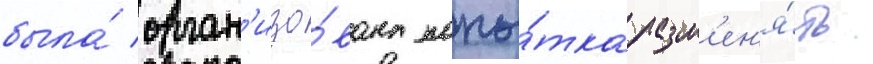
была́ орган'изо́вана попы́тка разм'ен'я́ть